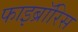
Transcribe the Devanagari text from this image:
फाइब्रॉरिस